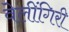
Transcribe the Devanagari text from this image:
वेलींगिरी